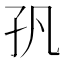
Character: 𭒺